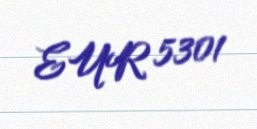
EUR 5301